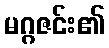
မဂ္ဂဇင်း၏